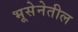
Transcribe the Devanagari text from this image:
भूसेनेतील